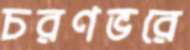
চরণভরে